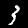
Digit: 3